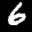
Label: 6